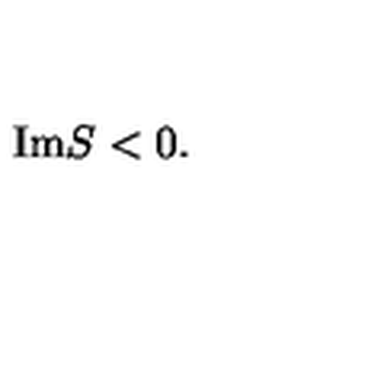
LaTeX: \mathrm { I m } S < 0 .